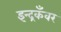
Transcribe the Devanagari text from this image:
इन्द्रकँवर